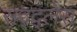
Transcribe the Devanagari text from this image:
सद्द्लेस